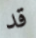
قد